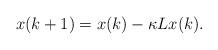
LaTeX: \begin{align*}x(k+1)=x(k)-\kappa Lx(k).\end{align*}